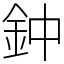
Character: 鈡